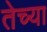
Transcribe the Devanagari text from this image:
तेच्या